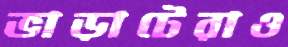
ভাড়াটেরাও